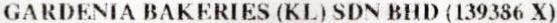
GARDENIA BAKERIES (KL) SDN BHD (139386 X)